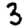
Digit: 3